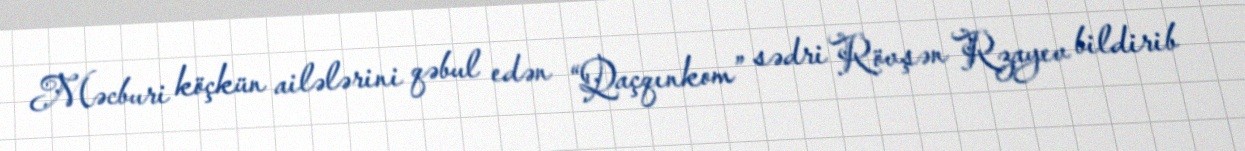
Məcburi köçkün ailələrini qəbul edən “Qaçqınkom” sədri Rövşən Rzayev bildirib